Trukikaitis_Postimees, lk 6
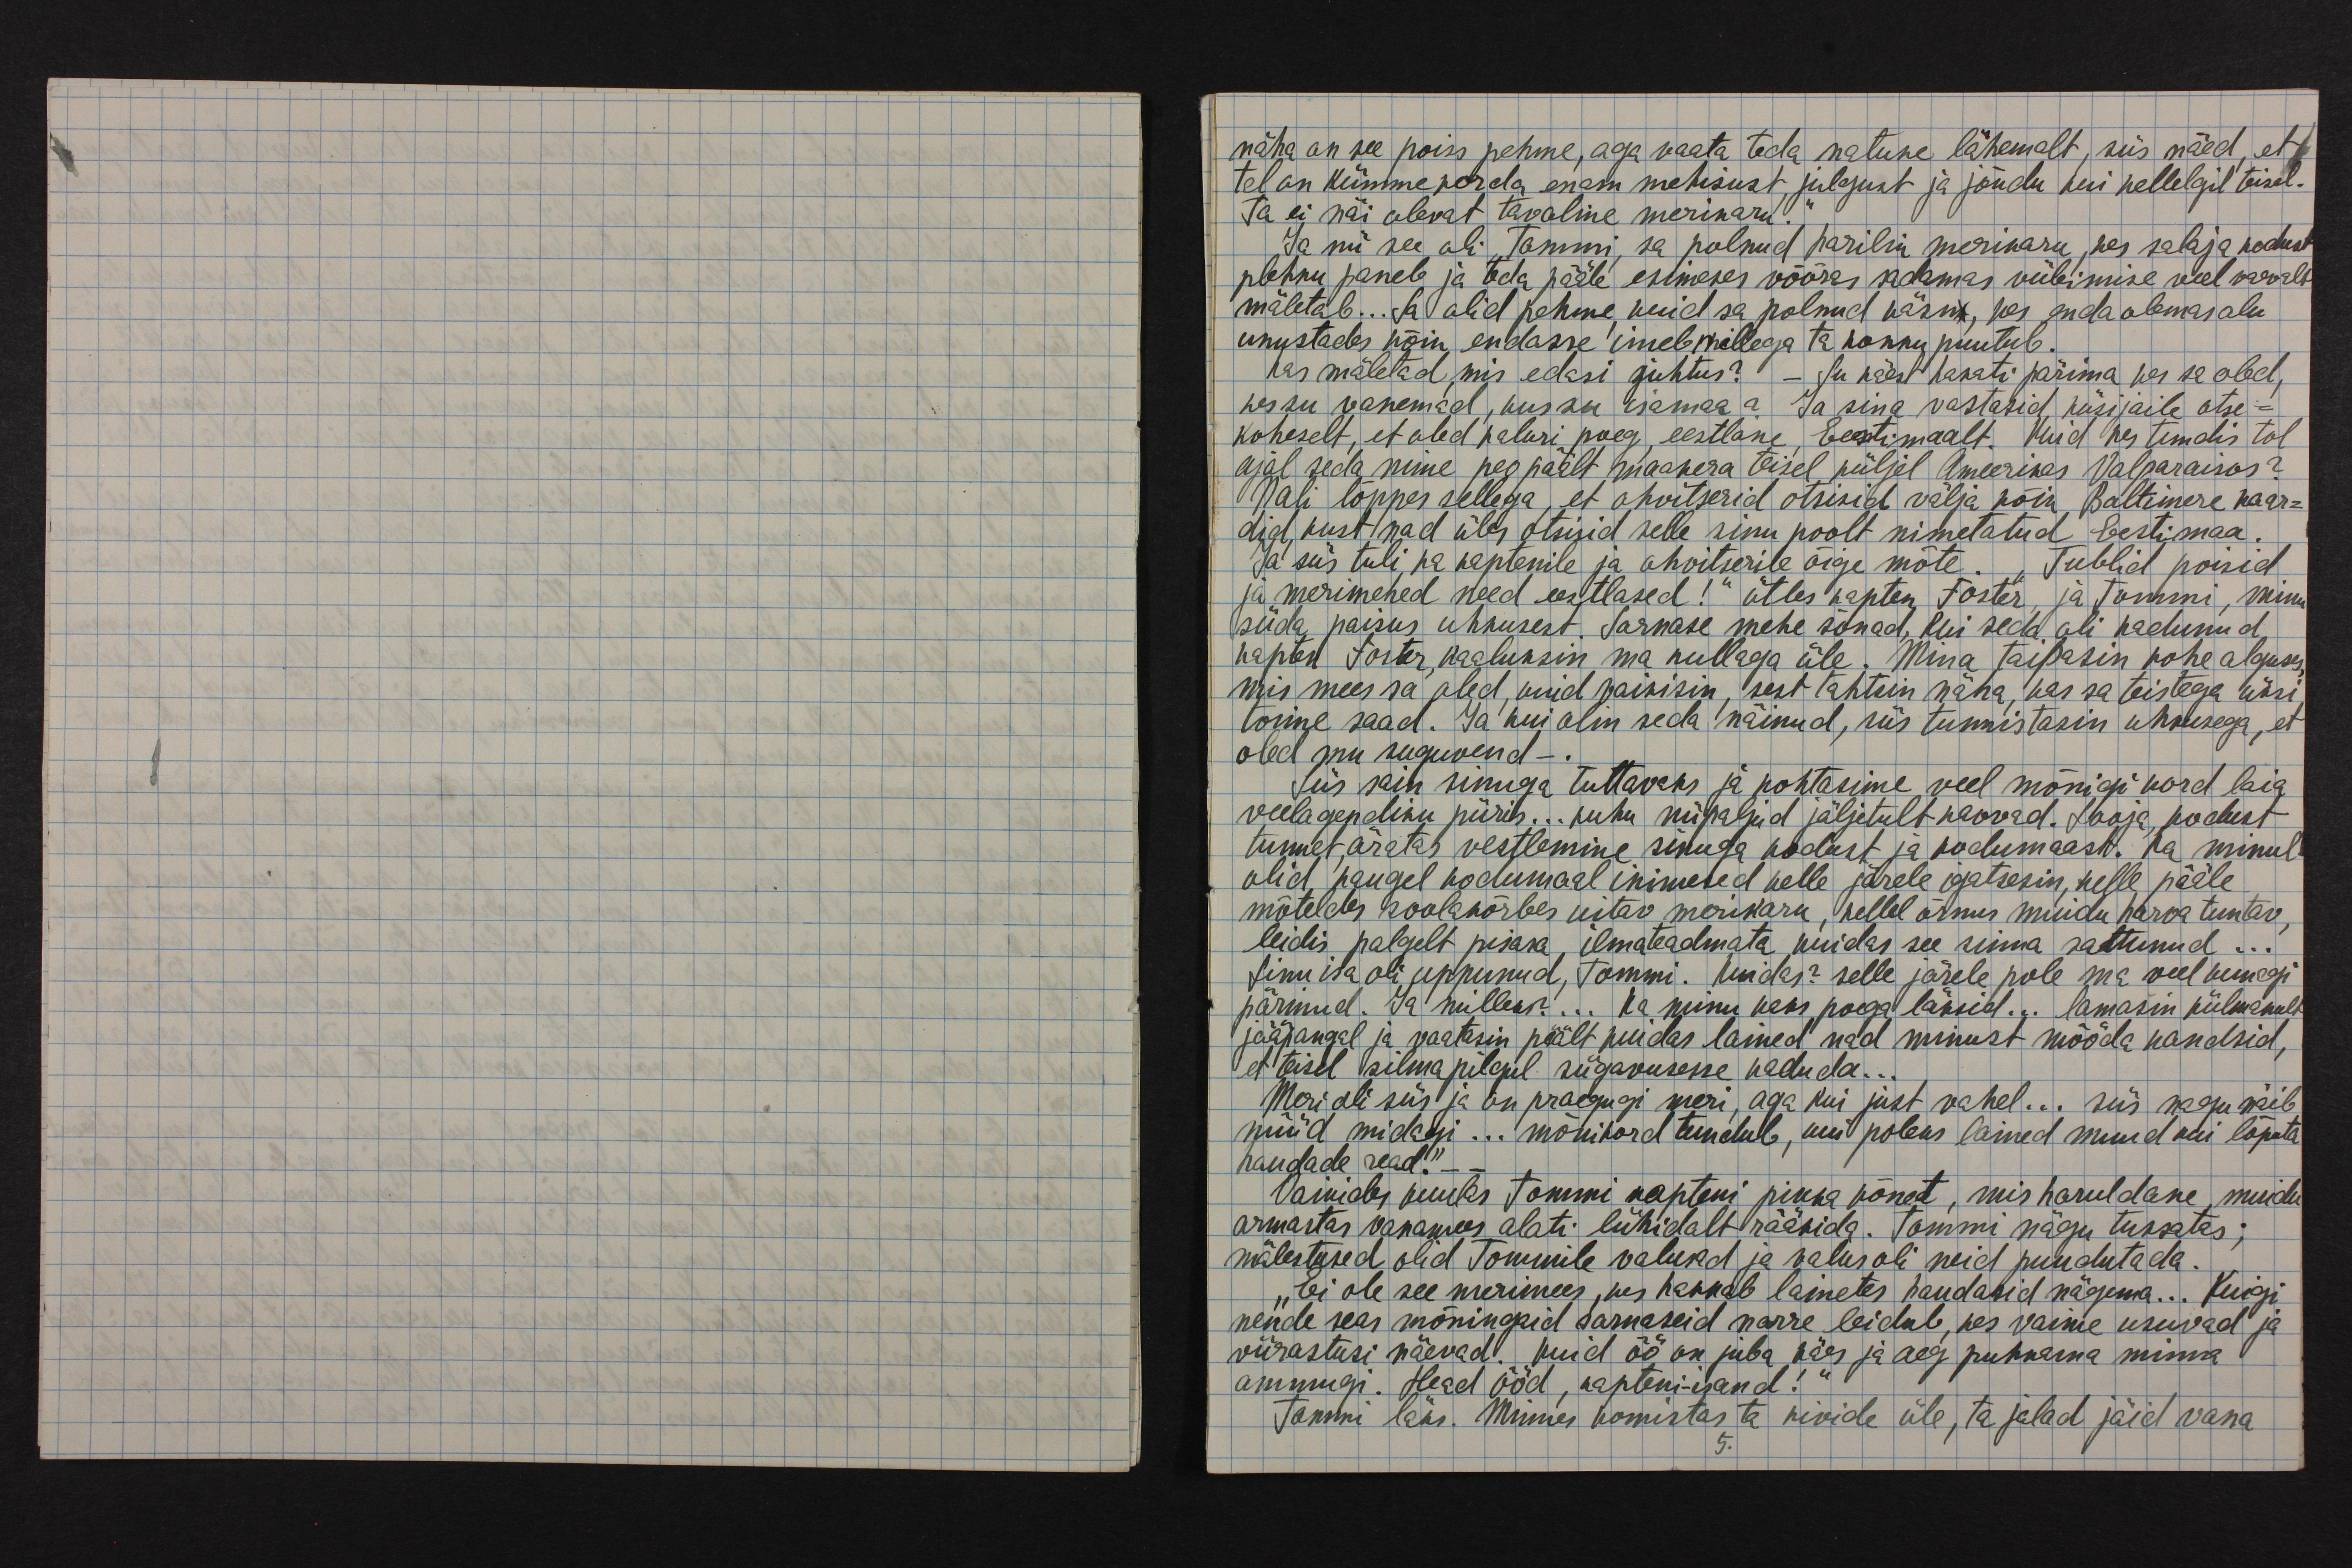
näha on see poiss pehme, aga vaata teda natuke lähemalt, siis näed, et
tal on kümme korda enam mehisust, julgust ja jõudu kui kellelgil teisel.
Ta ei näe olevat tavaline merekaru."
Ja nii see oli, Tommi, sa polnud harilik merikaru, kes salaja kodust
plehku paneb ja teda pääle esimeses võõras sadamas viibimise veel vaevalt
mäletab... Sa olid pehme, kuid sa polnud käsn, kes enda olemasolu
unustades kõik endasse imeb millega ta kokku puutub.
Kas mäletad, mis edasi juhtus?  - Su käest hakati pärima kes sa oled,
kes su vanemad, kus su isamaa? Ja sina vastasid küsijaile otse -
koheselt, et oled kaluri poeg, eestlane, Eestimaalt. Kuid kes tundis tol
ajal seda nime peo päält maakera teisel küljel Ameerikas Valparaisos?
Nali lõppes sellega, et ohvitserid otsisid välja kõik Baltimere kaar-
did, kust nad üles otsisid selle sinu poolt nimetatud Eestimaa.
Ja siis tuli ka kaptenile ja ohvitserile õige mõte. "Tublid poisid
ja merimehed need eestlased!" ütles kapten Foster, ja Tommi, minu
süda paisus uhkusest. Sarnase mehe sõnad, kui seda oli kadunud
kapten Foster, kaaluksin ma kullaga üle. Mina taipasin kohe alguses,
mis mees sa oled, kuid vaikisin, sest tahtsin näha, kas sa teistega üksi
toime saad. Ja kui olin seda näinud, siis tunnistasin uhkusega, et
oled mu suguvend - .
Siis sain sinuga tuttavaks ja kohtasime veel mõnigi kord laia
vaalgendiku piiris... kuhu nii paljud jäljetult kaovad. Looja, kodust
tunnet, äratas vestlemine sinuga kodust ja kodumaast. Ka minul
olid kaugel kodumaal inimesed kelle järele igatsesin, kelle pääle
mõteldes soolakõrbes uitav merikaru, kellel õrnus muidu harva tuntav,
leidis palgelt pisara, ilma teadmata, kuidas see sinna sattunud...
Sinu isa oli uppunud, Tommi. Kuidas? Selle järele pole ma veel kunagi
pärinud. Ja milleks?... Ka minu kaks poega läksid... Lamasin külmunult
jääpangal ja vaatasin päält, kuidas lained nad minust mööda kandsid,
et teisel silmapilgul sügavusesse kaduda...
Meri oli siis ja on praegugi meri, aga kui just vahel... siis nagu näib
nüüd midagi... mõnikord tundub, kui poleks lained muud kui lõputa
haudade read." _ _
Vaikides kuulas Tommi kapteni pikka kõnet, mis haruldane, muidu
armastas vanamees alati lühidalt rääkida. Tommi nägu tuksatas;
mälestused olid Tommile valusad ja valus oli neid puudutada.
"Ei ole see merimees, kes hakkab lainetes haudasid nägema... Kuigi
nende seas mõningaid sarnaseid narre leidub, kes vaime usuvad ja
viirastusi näevad! Kuid öö on juba käes ja aeg puhkama minna
ammugi. Head ööd, kapteni-isand!"
Tommi läks. Minnes komistas ta kivide üle, ta jalad jäid vana